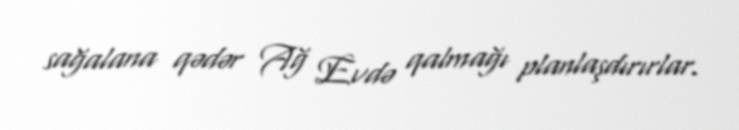
sağalana qədər Ağ Evdə qalmağı planlaşdırırlar.